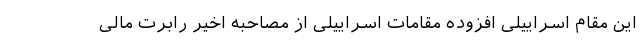
این مقام اسراییلی افزوده مقامات اسراییلی از مصاحبه اخیر رابرت مالی